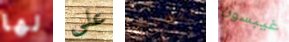
لها على معظمهم غيبسون